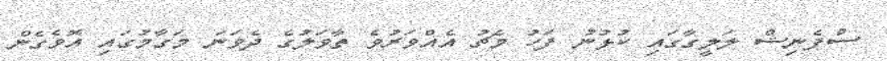
ސްޕެނިޝް ލަލީގާގައި ކުޅުނު ފަހު މެޗު އެއްވަރުވެ ތާވަލުގެ ދެވަނަ މަގާމުގައި އޮވެގެން